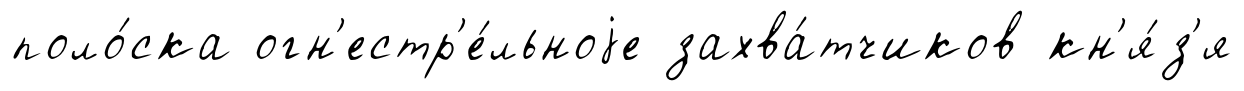
поло́ска огн'естр'е́льноjе захва́тчиков кн'я́з'я